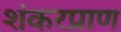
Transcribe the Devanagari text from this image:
शंकरप्राण